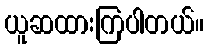
ယူဆထားကြပါတယ်။